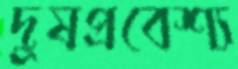
দুষপ্রবেশ্য